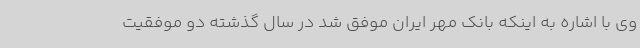
وی با اشاره به اینکه بانک مهر ایران موفق شد در سال گذشته دو موفقیت